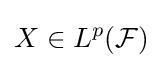
X\in L^{p}({\mathcal {F}})